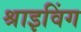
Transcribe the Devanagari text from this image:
श्राइविंग